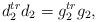
LaTeX: \begin{align*}d_2^{tr}d_2=g_2^{tr}g_2,\end{align*}